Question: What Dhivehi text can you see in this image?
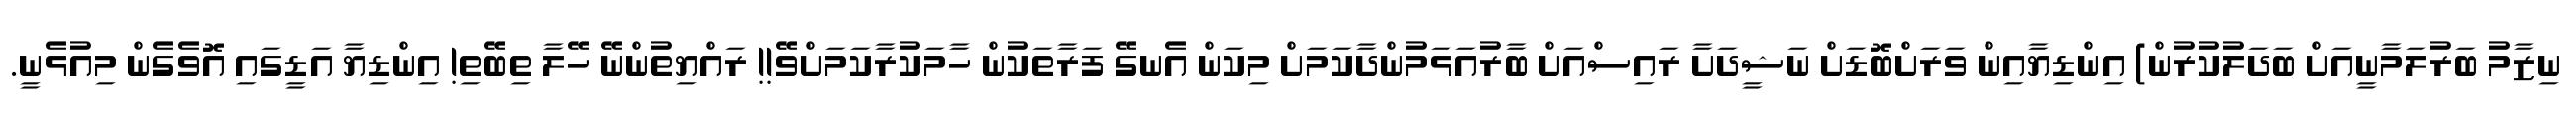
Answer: ނިޒާމު ބަރުލަމާނީއަށް ބަދަލުކުރުން) އިންޑިޔާއިން ވަރަށްބޮޑަށް ނަޝީދަށާ ރައިސްއަށް ބާރުއަޅަމުންދާކަމަށް މިކަން އެނގޭ ފަރާތަކުން ހާމަކުރާކަމަށްވޭ!! ރައްޔިތުންނޭ ހޭލާ ތިބޭތި! އިންޑިޔާ އަޑީގައި އޮވެގެން މިއުޅެނީ.